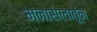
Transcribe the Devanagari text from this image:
मनासलावून